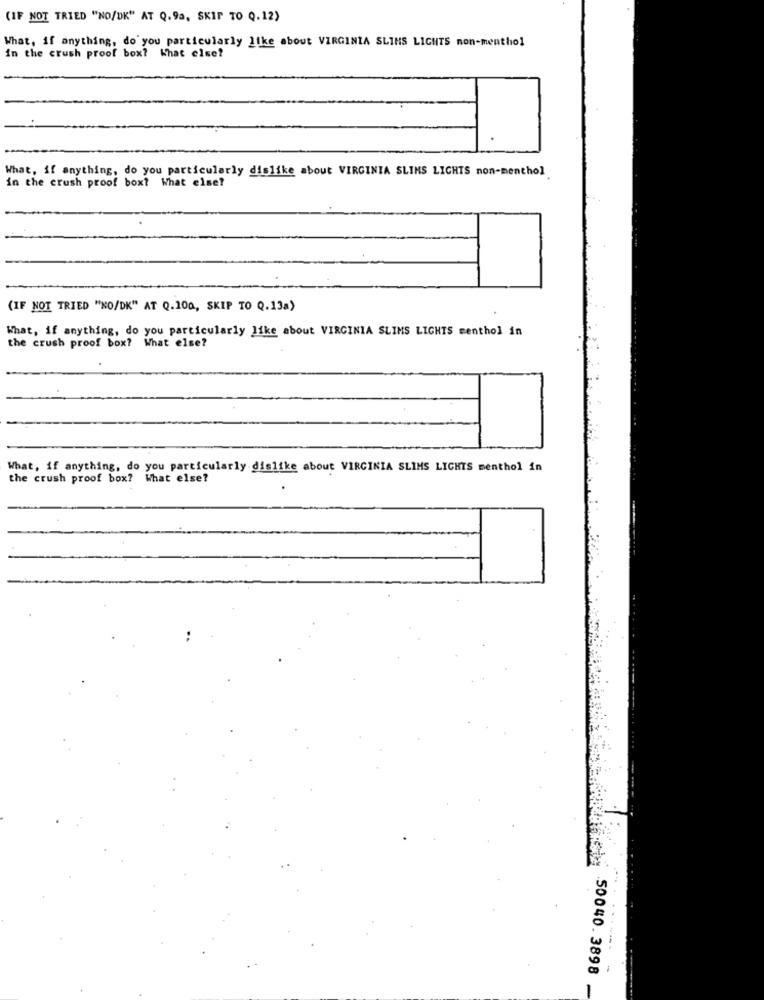
(IF NOT TRIED "NO/DK" AT Q.9a, SKIP TO Q.12)
What, if anything, do you particularly like about VIRGINIA SLINS LIGHTS non-menthol
in the crush proof box? What else?
.
What, if anything, do you particularly dislike about VIRGINIA SLIMS LICHTS non-menthol
in the crush proof box? What else?
(IF NOT TRIED "NO/DK" AT Q.100, SKIP TO Q.13a)
What, if anything, do you particularly like about VIRGINIA SLIMS LIGHTS menthol in
the crush proof box? What else?
What, if anything, do you particularly dislike about VIRGINIA SLIMS LIGHTS menthol in
the crush proof box? What else?
50040. 3898
-